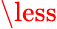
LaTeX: \less